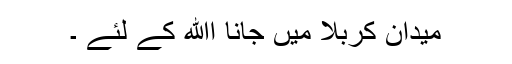
میدان کربلا میں جانا اﷲ کے لئے ۔